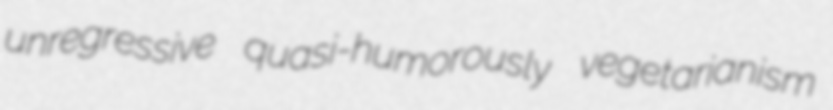
unregressive quasi-humorously vegetarianism